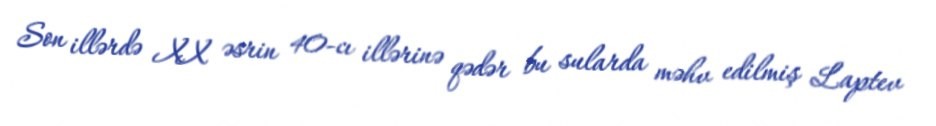
Son illərdə XX əsrin 40-cı illərinə qədər bu sularda məhv edilmiş Laptev